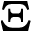
\Xi